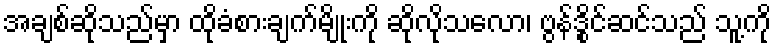
အချစ်ဆိုသည်မှာ ထိုခံစားချက်မျိုးကို ဆိုလိုသလော၊ ဗွန်ဒွိုင်ဆင်သည် သူ့ကို